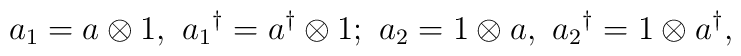
a_1 = a \otimes 1,\  {a_1}^{\dagger} = a^{\dagger} \otimes 1;\   a_2 = 1 \otimes a,\  {a_2}^{\dagger} = 1 \otimes a^{\dagger},